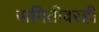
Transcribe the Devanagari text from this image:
समितीवरही